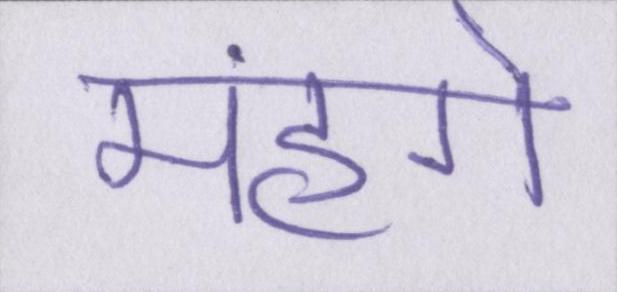
मंहगे